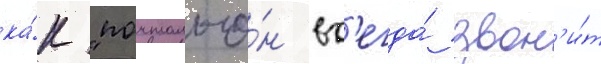
ка́к "почтальо́н вс'егда́ звон'и́т